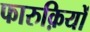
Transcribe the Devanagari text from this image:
फारुक़ियों